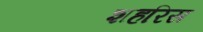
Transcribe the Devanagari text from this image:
शहरिस